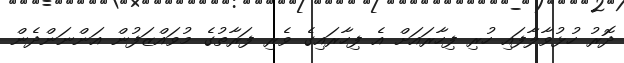
ދޮރު ހުޅުވާލާފައި ހުރި ފިހާރައަށް އެ ފިހާރައިގެ ވެރި ފަރާތުގެ މުވައްޒަފުން އަންނަންދެން